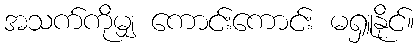
အသက်ကိုမျှ ကောင်းကောင်း မရှူနိုင်။